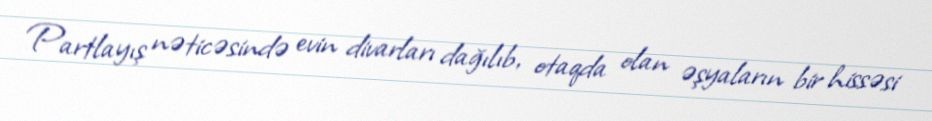
Partlayış nəticəsində evin divarları dağılıb, otaqda olan əşyaların bir hissəsi